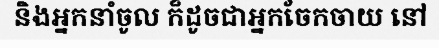
និងអ្នកនាំចូល ក៏ដូចជាអ្នកចែកចាយ នៅ